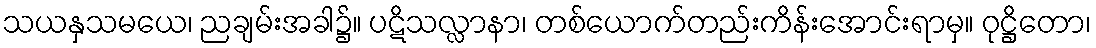
သယနှသမယေ၊ ညချမ်းအခါ၌။ ပဋိသလ္လာနာ၊ တစ်ယောက်တည်းကိန်းအောင်းရာမှ။ ဝုဋ္ဌိတော၊